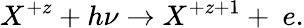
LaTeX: X^{+z}+h\nu\rightarrow X^{+z+1}+~e.